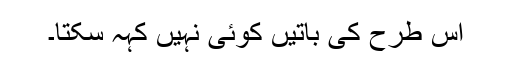
اس طرح کی باتیں کوئی نہیں کہہ سکتا۔